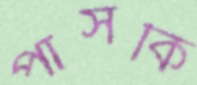
পার্সকি